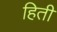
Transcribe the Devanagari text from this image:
हिती